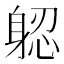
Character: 躵